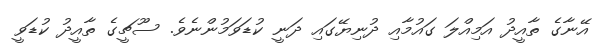
އޭނާގެ ތާއީދު އަމިއްލަ ގައުމާއި ދުނިޔޭގައި ދަނީ ކުޑަވަމުންނެވެ. ސޫޗީގެ ތާއީދު ކުޑަވީ